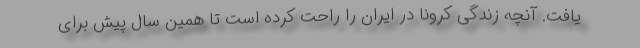
یافت. آنچه زندگی کرونا در ایران را راحت کرده است تا همین سال پیش برای